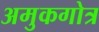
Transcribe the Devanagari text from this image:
अमुकगोत्र